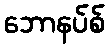
ဘောနပ်စ်